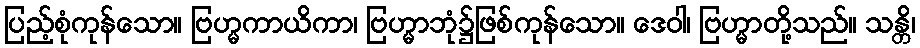
ပြည့်စုံကုန်သော။ ဗြဟ္မကာယိကာ၊ ဗြဟ္မာဘုံ၌ဖြစ်ကုန်သော။ ဒေဝါ၊ ဗြဟ္မာတို့သည်။ သန္တိ၊